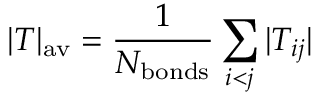
| T | _ { \mathrm { a v } } = \frac { 1 } { N _ { \mathrm { b o n d s } } } \sum _ { i < j } | T _ { i j } |